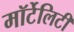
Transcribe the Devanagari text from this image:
मॉर्टेलिटी